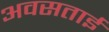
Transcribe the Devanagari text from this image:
अवसताई